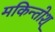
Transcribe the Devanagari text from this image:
मकिन्तोश्